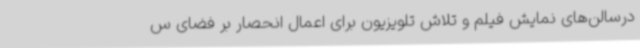
درسالن‌های نمایش فیلم و تلاش تلویزیون برای اعمال انحصار بر فضای س